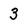
Character: 3